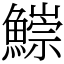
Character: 𩻃